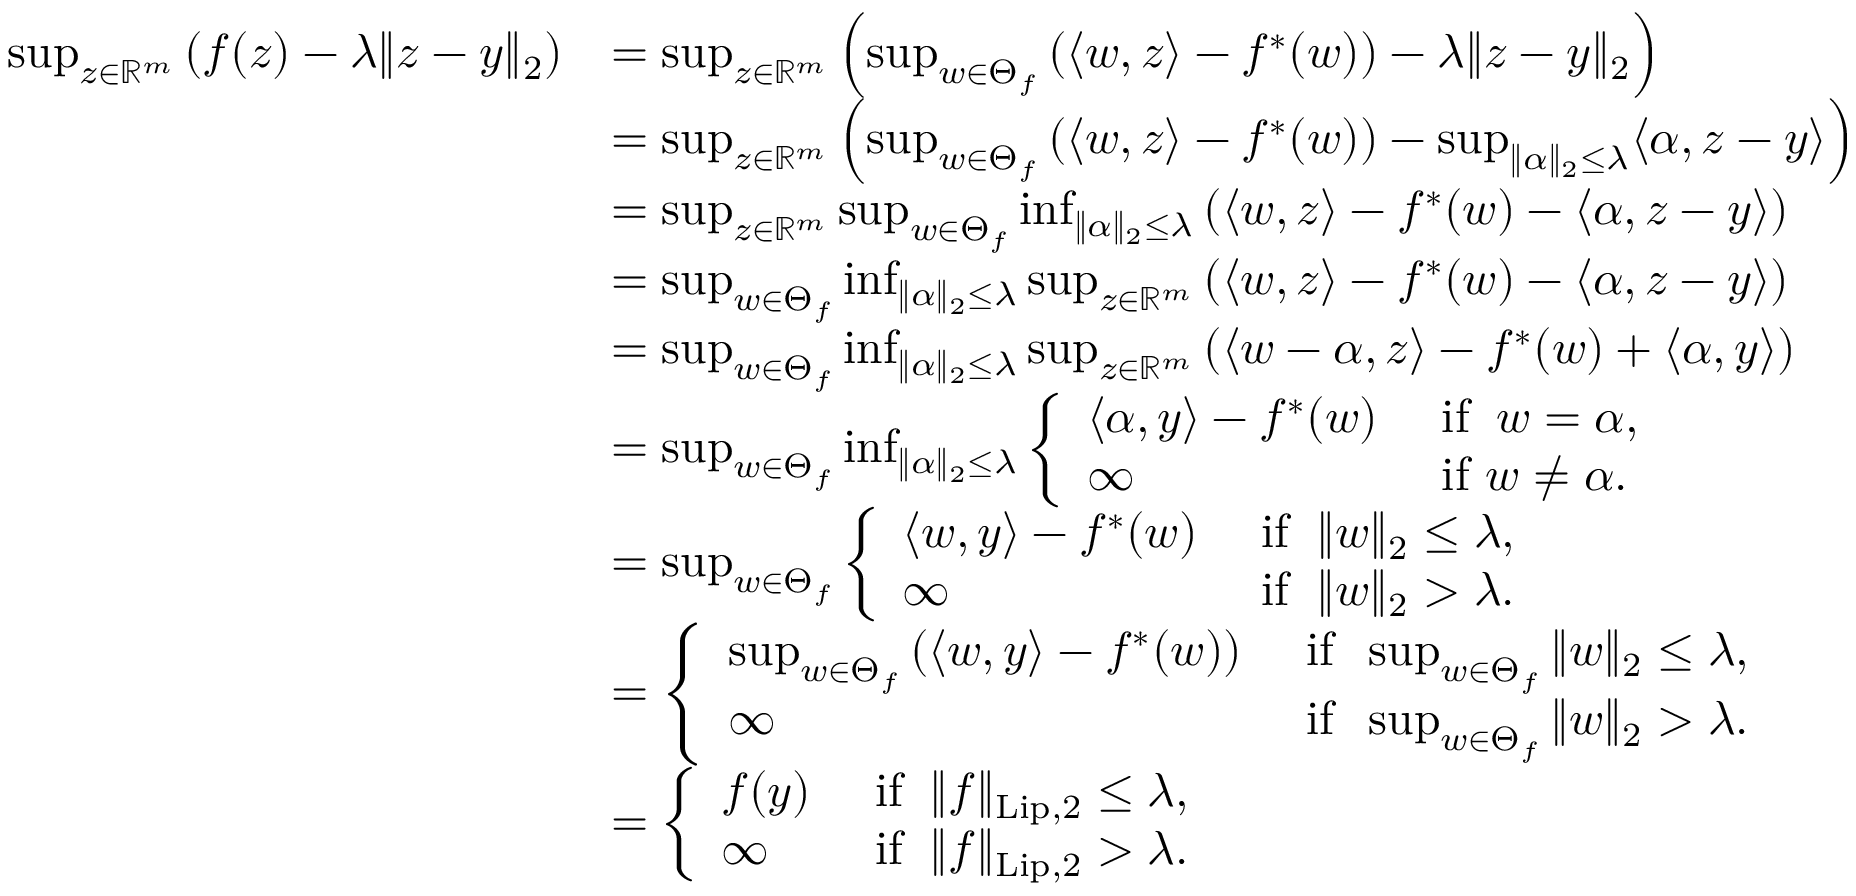
\begin{array} { r l } { \operatorname* { s u p } _ { z \in \mathbb { R } ^ { m } } \left( f ( z ) - \lambda \| z - y \| _ { 2 } \right) } & { = \operatorname* { s u p } _ { z \in \mathbb { R } ^ { m } } \left( \operatorname* { s u p } _ { w \in \Theta _ { f } } \left( \langle w , z \rangle - f ^ { * } ( w ) \right) - \lambda \| z - y \| _ { 2 } \right) } \\ & { = \operatorname* { s u p } _ { z \in \mathbb { R } ^ { m } } \left( \operatorname* { s u p } _ { w \in \Theta _ { f } } \left( \langle w , z \rangle - f ^ { * } ( w ) \right) - \operatorname* { s u p } _ { \| \alpha \| _ { 2 } \leq \lambda } \langle \alpha , z - y \rangle \right) } \\ & { = \operatorname* { s u p } _ { z \in \mathbb { R } ^ { m } } \operatorname* { s u p } _ { w \in \Theta _ { f } } \operatorname* { i n f } _ { \| \alpha \| _ { 2 } \leq \lambda } \left( \langle w , z \rangle - f ^ { * } ( w ) - \langle \alpha , z - y \rangle \right) } \\ & { = \operatorname* { s u p } _ { w \in \Theta _ { f } } \operatorname* { i n f } _ { \| \alpha \| _ { 2 } \leq \lambda } \operatorname* { s u p } _ { z \in \mathbb { R } ^ { m } } \left( \langle w , z \rangle - f ^ { * } ( w ) - \langle \alpha , z - y \rangle \right) } \\ & { = \operatorname* { s u p } _ { w \in \Theta _ { f } } \operatorname* { i n f } _ { \| \alpha \| _ { 2 } \leq \lambda } \operatorname* { s u p } _ { z \in \mathbb { R } ^ { m } } \left( \langle w - \alpha , z \rangle - f ^ { * } ( w ) + \langle \alpha , y \rangle \right) } \\ & { = \operatorname* { s u p } _ { w \in \Theta _ { f } } \operatorname* { i n f } _ { \| \alpha \| _ { 2 } \leq \lambda } \left\{ \begin{array} { l l } { \langle \alpha , y \rangle - f ^ { * } ( w ) } & { \mathrm { ~ i f ~ } \: w = \alpha , } \\ { \infty } & { \mathrm { ~ i f ~ } w \neq \alpha . } \end{array} \right. } \\ & { = \operatorname* { s u p } _ { w \in \Theta _ { f } } \left\{ \begin{array} { l l } { \langle w , y \rangle - f ^ { * } ( w ) } & { \mathrm { ~ i f ~ } \: \| w \| _ { 2 } \leq \lambda , } \\ { \infty } & { \mathrm { ~ i f ~ } \: \| w \| _ { 2 } > \lambda . } \end{array} \right. } \\ & { = \left\{ \begin{array} { l l } { \operatorname* { s u p } _ { w \in \Theta _ { f } } \left( \langle w , y \rangle - f ^ { * } ( w ) \right) } & { \mathrm { ~ i f ~ } \: \operatorname* { s u p } _ { w \in \Theta _ { f } } \| w \| _ { 2 } \leq \lambda , } \\ { \infty } & { \mathrm { ~ i f ~ } \: \operatorname* { s u p } _ { w \in \Theta _ { f } } \| w \| _ { 2 } > \lambda . } \end{array} \right. } \\ & { = \left\{ \begin{array} { l l } { f ( y ) } & { \mathrm { ~ i f ~ } \: \| f \| _ { \mathrm { L i p } , 2 } \leq \lambda , } \\ { \infty } & { \mathrm { ~ i f ~ } \: \| f \| _ { \mathrm { L i p } , 2 } > \lambda . } \end{array} \right. } \end{array}